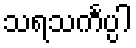
သရသင်္ကပ္ပါ